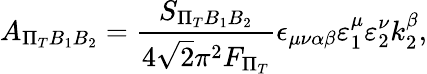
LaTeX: A_{\Pi_{T}B_{1}B_{2}}=\frac{S_{\Pi_{T}B_{1}B_{2}}}{4\sqrt{2}\pi^{2}F_{\Pi_{T}}}\epsilon_{\mu\nu\alpha\beta}\varepsilon_{1}^{\mu}\varepsilon_{2}^{\nu}k_{2}^{\beta},